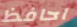
احافظ